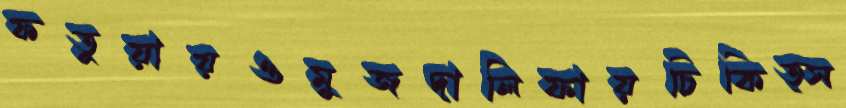
ফতুয়ায়ওমুজদালিফায়চিকিত্স